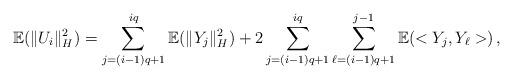
LaTeX: \begin{align*}{\mathbb E}(\|U_i\|_H^2) = \sum_{j=(i-1)q +1}^{iq} {\mathbb E}(\|Y_j\|_H^2) +2\sum_{j=(i-1)q +1}^{iq} \sum_{\ell=(i-1)q +1}^{j-1} {\mathbb E}(<Y_j, Y_\ell>)\, ,\end{align*}